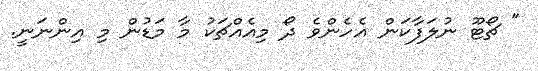
" ޗޯޓޫ ނުލަފާކަން އެހެންވެ ދޯ މިއެއްޗަކު މާ މަޑުން މި އިންނަނީ.